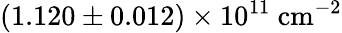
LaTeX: (1.120\pm 0.012)\times 10^{11}~\textrm{cm}^{-2}